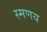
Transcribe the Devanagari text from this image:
स्मणय